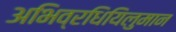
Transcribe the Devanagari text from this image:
अभिव्रधियिलुमान